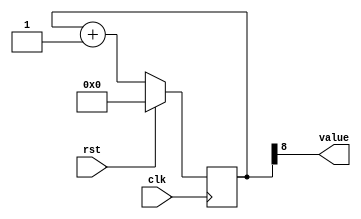
/*
   This file was generated automatically by the Mojo IDE version B1.3.6.
   Do not edit this file directly. Instead edit the original Lucid source.
   This is a temporary file and any changes made to it will be destroyed.
*/

/*
   Parameters:
     SIZE = 1
     DIV = 8
     TOP = 0
     UP = 1
*/
module counter_2 (
    input clk,
    input rst,
    output reg [0:0] value
  );
  
  localparam SIZE = 1'h1;
  localparam DIV = 4'h8;
  localparam TOP = 1'h0;
  localparam UP = 1'h1;
  
  
  reg [8:0] M_ctr_d, M_ctr_q = 1'h0;
  
  localparam MAX_VALUE = 9'h0ff;
  
  always @* begin
    M_ctr_d = M_ctr_q;
    
    value = M_ctr_q[8+0-:1];
    if (1'h1) begin
      M_ctr_d = M_ctr_q + 1'h1;
      if (1'h0 && M_ctr_q == 9'h0ff) begin
        M_ctr_d = 1'h0;
      end
    end else begin
      M_ctr_d = M_ctr_q - 1'h1;
      if (1'h0 && M_ctr_q == 1'h0) begin
        M_ctr_d = 9'h0ff;
      end
    end
  end
  
  always @(posedge clk) begin
    if (rst == 1'b1) begin
      M_ctr_q <= 1'h0;
    end else begin
      M_ctr_q <= M_ctr_d;
    end
  end
  
endmodule